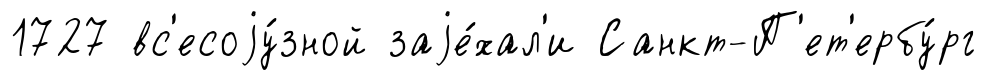
1727 вс'есоjу́зной заjе́хал'и Санкт-П'ет'ербу́рг